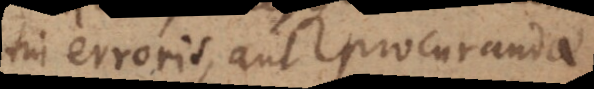
tui erroris, aut procurandae